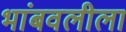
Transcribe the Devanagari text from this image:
भांबवलीला